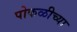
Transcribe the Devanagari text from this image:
पोकळीच्‍या